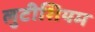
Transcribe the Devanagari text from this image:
लुटीशियम